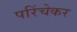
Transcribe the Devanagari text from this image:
परिंचेकर